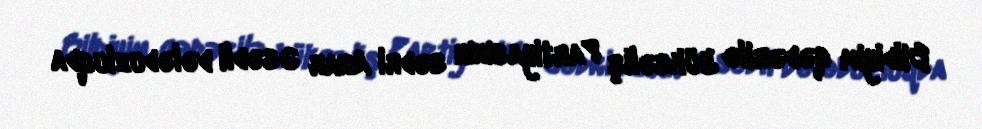
Bildiyim qədərilə Yüksəliş Partiyasının sədri Anar Əsədli dələduzluqda